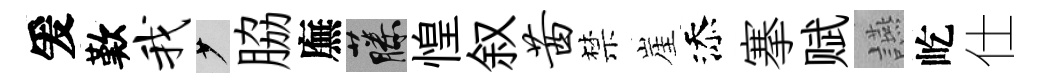
爰歎我少脇廡藤惶叙茜禁崖添搴赋讌屹仕